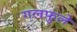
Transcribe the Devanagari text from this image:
गलफुले